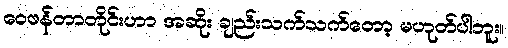
ဝေဖန်တာတိုင်းဟာ အဆိုး ချည်းသက်သက်တော့ မဟုတ်ပါဘူး။